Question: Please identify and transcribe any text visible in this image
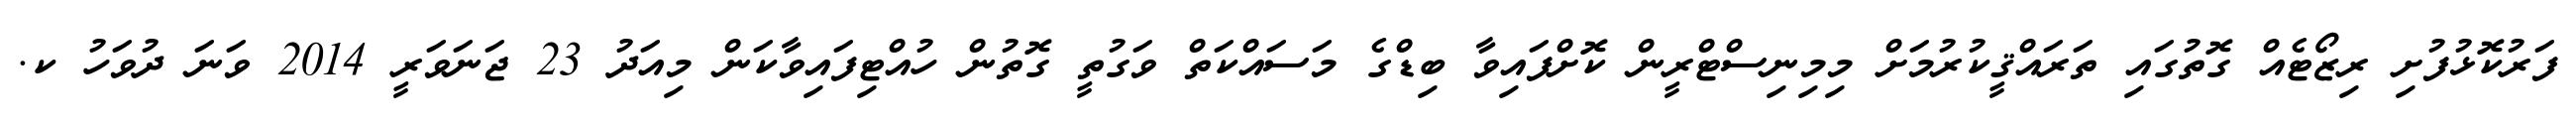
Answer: ފަރުކޮޅުފުށި ރިޒޯޓެއް ގޮތުގައި ތަރައްޤީކުރުމަށް މިމިނިސްޓްރީން ކޮށްފައިވާ ބިޑްގެ މަސައްކަތް ވަގުތީ ގޮތުން ހުއްޓިފައިވާކަން މިއަދު 23 ޖަނަވަރީ 2014 ވަނަ ދުވަހު ކ.